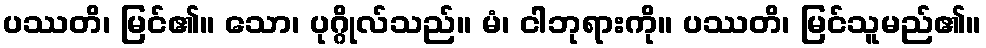
ပဿတိ၊ မြင်၏။ သော၊ ပုဂ္ဂိုလ်သည်။ မံ၊ ငါဘုရားကို။ ပဿတိ၊ မြင်သူမည်၏။